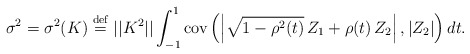
\begin{align*}\sigma ^{2}=\sigma ^{2}(K)\stackrel{\rm def}{=}||K^{2}||\int_{-1}^{1}\mbox{{\rm cov}}\left( \left| \sqrt{1-\rho ^{2}(t)}\,Z_{1}+\rho(t)\,Z_{2}\right| ,\left| Z_{2}\right| \right) dt. \end{align*}